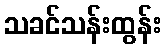
သခင်သန်းထွန်း